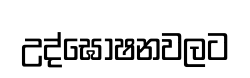
උද්ඝෝෂනවලට